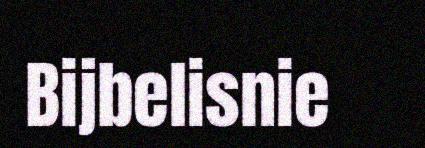
Bijbelisnie